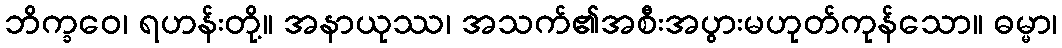
ဘိက္ခဝေ၊ ရဟန်းတို့။ အနာယုဿ၊ အသက်၏အစီးအပွားမဟုတ်ကုန်သော။ ဓမ္မာ၊